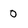
Character: 0